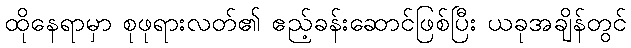
ထိုနေရာမှာ စုဖုရားလတ်၏ ဧည့်ခန်းဆောင်ဖြစ်ပြီး ယခုအချိန်တွင်